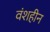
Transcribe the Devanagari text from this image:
वंशहीन